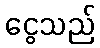
ငွေသည်